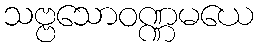
သဗ္ဗသောဝဏ္ဏမယေ